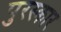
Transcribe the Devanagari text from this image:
पुरस्कार